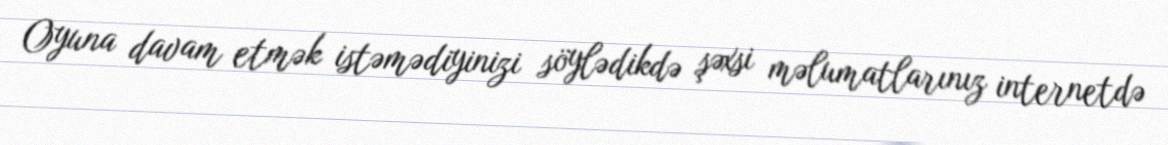
Oyuna davam etmək istəmədiyinizi söylədikdə şəxsi məlumatlarınız internetdə